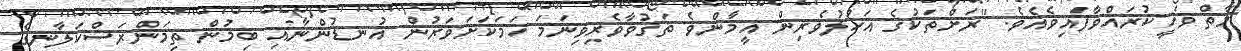
މާތް ވަހީކުރައްވާފައިވެއެވެ. "ރަށްތަކުގެ އަހުލުވެރިން އީމާންވެ ތަޤުވާވެރިވިނަމަ ހަމަކަށަވަރުން އުނޑުންނާއި ބިމުން ތިމަންރަސްކަލާނގެ